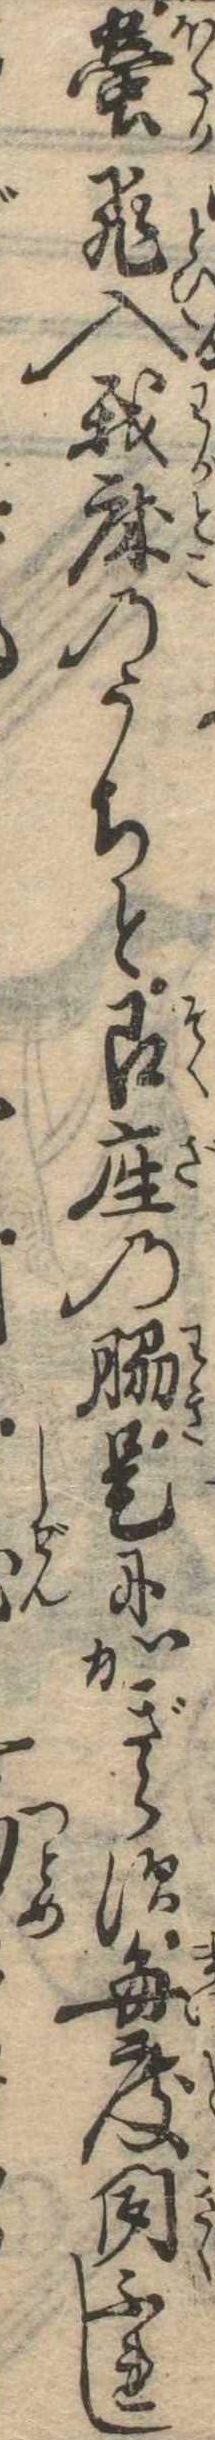
蛍飛入我床のうちと即座の脇是にかぎらす毎度聞ふれし